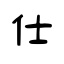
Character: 仕